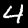
Label: 4